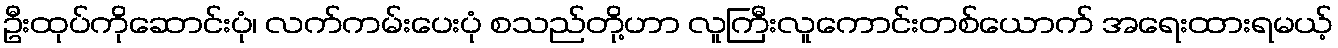
ဦးထုပ်ကိုဆောင်းပုံ၊ လက်ကမ်းပေးပုံ စသည်တို့ဟာ လူကြီးလူကောင်းတစ်ယောက် အရေးထားရမယ့်